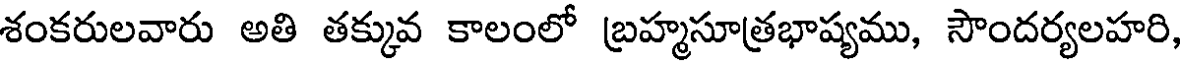
శంకరులవారు అతి తక్కువ కాలంలో బ్రహ్మసూత్రభాష్యము, సౌందర్యలహరి,